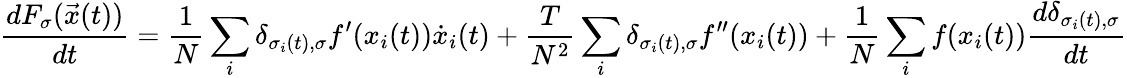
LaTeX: \frac{dF_{\sigma}(\vec{x}(t))}{dt}=\frac{1}{N}\sum_{i}\delta_{\sigma_{i}(t),\sigma}f^{\prime}(x_{i}(t))\dot{x}_{i}(t)+\frac{T}{N^{2}}\sum_{i}\delta_{\sigma_{i}(t),\sigma}f^{\prime\prime}(x_{i}(t))+\frac{1}{N}\sum_{i}f(x_{i}(t))\frac{d\delta_{\sigma_{i}(t),\sigma}}{dt}